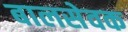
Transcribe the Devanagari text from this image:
बालसेवक